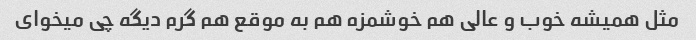
مثل همیشه خوب و عالی هم خوشمزه هم به موقع هم گرم دیگه چی میخوای